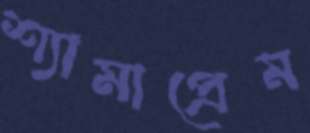
শ্যামাপ্রেম